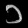
Digit: ၁